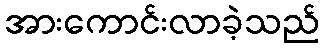
အားကောင်းလာခဲ့သည်